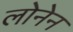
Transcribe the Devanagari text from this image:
लोनेन